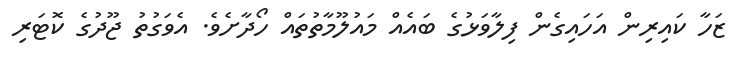
ޒަހާ ކައިރިން އަހައިގެން ފިލާވަޅުގެ ބައެއް މައުލޫމާތުތައް ހޯދާށެވެ. އެވަގުތު ޖޫދުގެ ކޮޓަރި